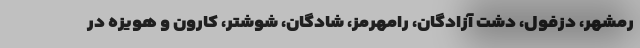
رمشهر، دزفول، دشت آزادگان، رامهرمز، شادگان، شوشتر، کارون و هویزه در